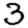
Digit: 3